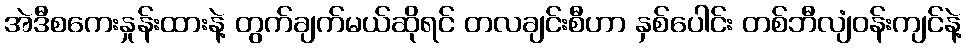
အဲဒီစကေးနှုန်းထားနဲ့ တွက်ချက်မယ်ဆိုရင် တလချင်းစီဟာ နှစ်ပေါင်း တစ်ဘီလျံဝန်းကျင်နဲ့